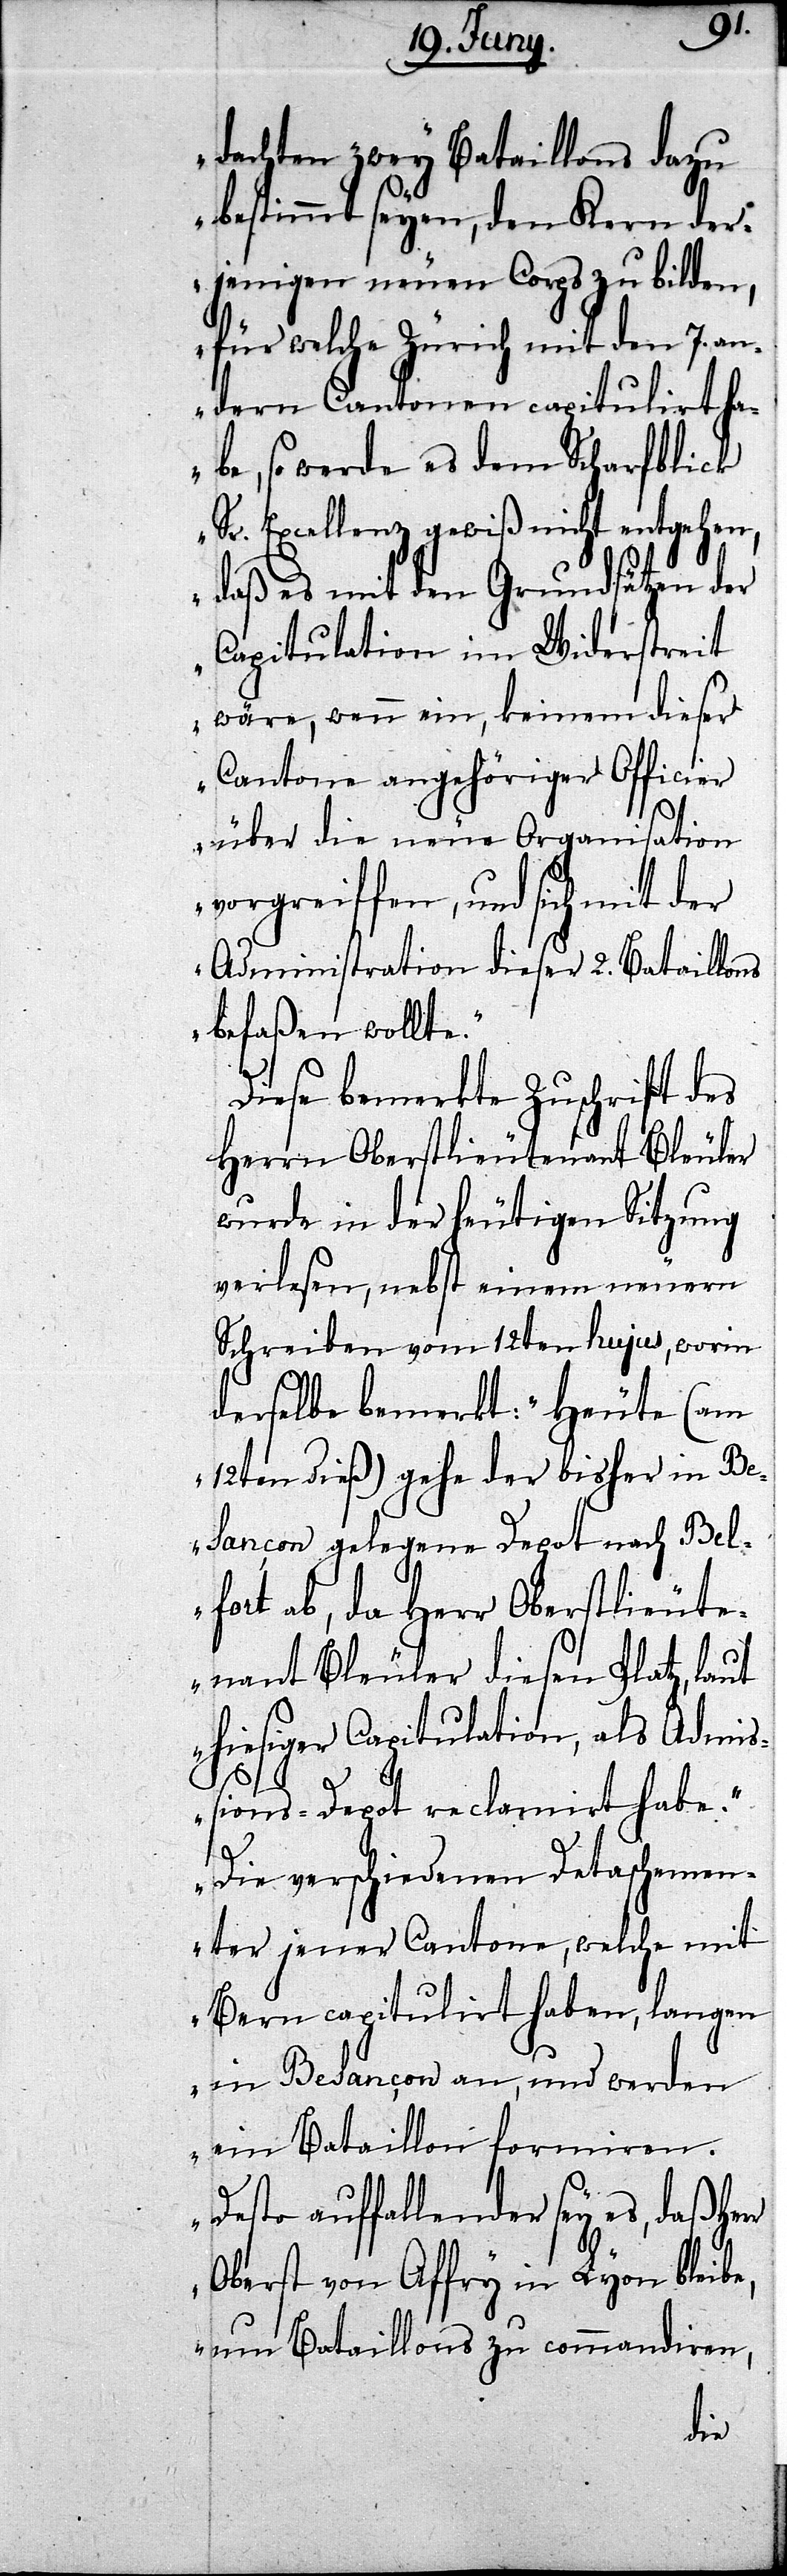
dachten zwey Bataillons dazu
bestimmt seyen, den Kern der¬
jenigen neuen Corps zu bild¬
rr
für welche Zürich mit
dern Cantonen capi¬
h¬
abe, so werde es dem
ehen,
Sr. Excellenz gewiß nicht
daß es mit den Grund¬
Capitulation im Widerstreit
dieser
wäre, wenn ein, keinem
Cantone angehöriger Officier
über die neue Organisation
vorgreiffen, und sich mit der
Administration dieser 2. Bataillons
befaßen wollte.“
Diese bemerkte Zuschrift des
Herrn Oberstlieutenant Bleuler
wurde in der heutigen Sitzung
verlesen, nebst einem neuern
Schreiben vom 12ten hujus, worin
derselbe bemerkt: „Heute (am
12ten dieß) gehe der bisher in B¬
esancon gelegene Depot nach Bel¬
fort ab, da Herr Oberstlieute¬
nant Bleuler diesen Platz, laut
hiesiger Capitulation, als Admiß¬
ions-Depot reclamirt habe.“
„Die verschiedenen Detachemen¬
ter jener Cantone, welche mit
Bern capitulirt haben, langen
in Besancon an, und werden
ein Bataillon formiren.“
„Desto auffallender sey es, daß He¬
Oberst von Affry in Lyon bleib¬
e, um Bataillons zu commandiren,
der